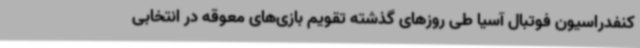
کنفدراسیون فوتبال آسیا طی روزهای گذشته تقویم بازی‌های معوقه در انتخابی